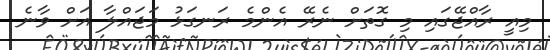
މިއީ ރާއްޖޭގައި މި ގޮތަށް ނެރޭ އެންމެ ރަނގަޅު މަޖައްލާ އަށް ވާނެ